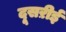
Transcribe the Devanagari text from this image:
दूसऱीई